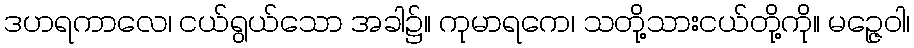
ဒဟရကာလေ၊ ငယ်ရွယ်သော အခါ၌။ ကုမာရကေ၊ သတို့သားငယ်တို့ကို။ မဉ္ဇေဝါ၊